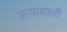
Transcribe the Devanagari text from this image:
प्रत्याघाती